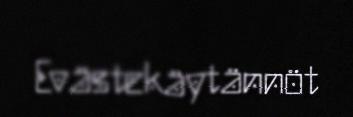
Evästekäytännöt